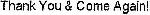
THANK YOU & COME AGAIN!